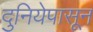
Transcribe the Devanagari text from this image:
दुनियेपासून